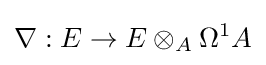
\nabla :E\to E\otimes _{A}\Omega ^{1}A